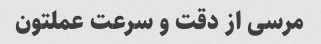
مرسی از دقت و سرعت عملتون